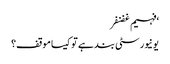
‘فہیم غضنفر
یونیورسٹی بند ہے تو کیسا موقف؟